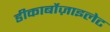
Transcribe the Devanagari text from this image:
डीकार्बोज़ाइलेट